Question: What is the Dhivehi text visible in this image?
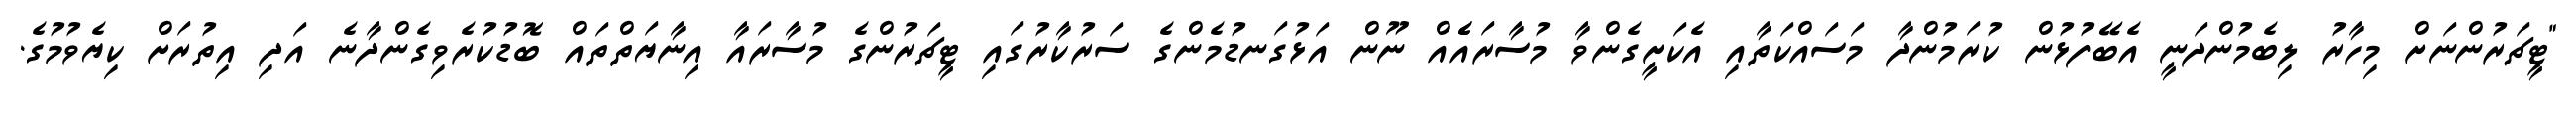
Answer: "ޓީޗަރުންނަށް މިހާރު ލިބެމުންދަނީ އެބޭފުޅުން ކުރަމުންދާ މަސައްކަތާއި އެކަށީގެންވާ މުސާރައެެއް ނޫން އަޅުގަނޑުމެންގެ ސަރުކާރުގައި ޓީޗަރުންގެ މުސާރައާ އިނާޔަތްތައް ބޮޑުކުރެވިގެންދާނެ އަދި އިތުރަށް ކިޔެވުމުގެ.